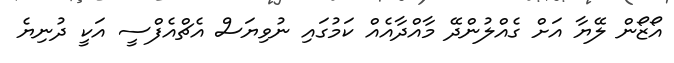
އޯޒޯން ލޭޔާ އަށް ގެއްލުންދޭ މާއްދާއެއް ކަމުގައި ނުވިޔަސް އެޗްއެފްސީ އަކީ ދުނިޔެ